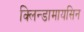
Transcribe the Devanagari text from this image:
क्लिन्डामायसिन